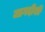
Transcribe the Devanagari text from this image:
जागदीशी